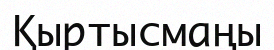
Қыртысмаңы